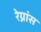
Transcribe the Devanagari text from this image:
रेग्नांस